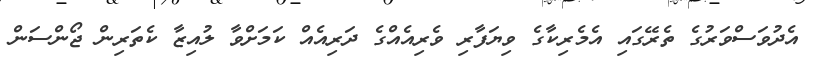
އެދުވަސްވަރުގެ ތެރޭގައި އެމެރިކާގެ ވިޔަފާރި ވެރިއެއްގެ ދަރިއެއް ކަމަށްވާ ލުއިޒާ ކެތަރިން ޖޯންސަން